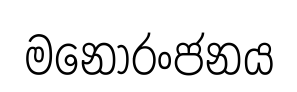
මනෝරංජනය